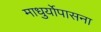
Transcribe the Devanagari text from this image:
माधुर्योपासना